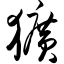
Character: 犷